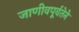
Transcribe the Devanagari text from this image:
जाणीवपूर्वतेने